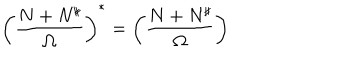
LaTeX: \left( { \frac { N + N ^ { \sharp } } { \Omega } } \right) ^ { * } = \left( { \frac { N + N ^ { \sharp } } { \Omega } } \right)